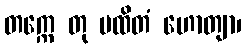
တက္ကေ တု မထိတံ ဟောတျာ၊